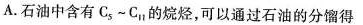
A.石油中含有C_{5}~C_{11}的烷烃，可以通过石油的分馏得